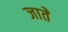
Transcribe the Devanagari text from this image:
जातेे